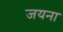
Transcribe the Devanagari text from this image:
जयना